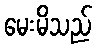
မေးမိသည်